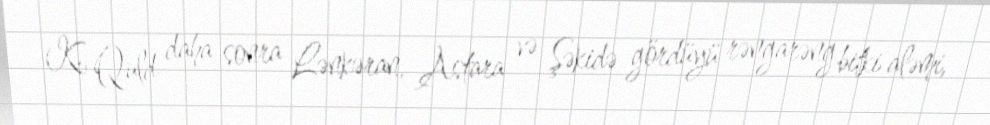
K. Quld daha sonra Lənkəran, Astara və Şəkidə gördüyü rəngarəng bitki aləmi,